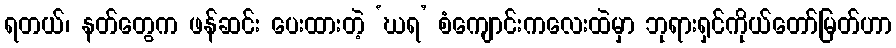
ရတယ်၊ နတ်တွေက ဖန်ဆင်း ပေးထားတဲ့ ‘ဃရ’ စံကျောင်းကလေးထဲမှာ ဘုရားရှင်ကိုယ်တော်မြတ်ဟာ